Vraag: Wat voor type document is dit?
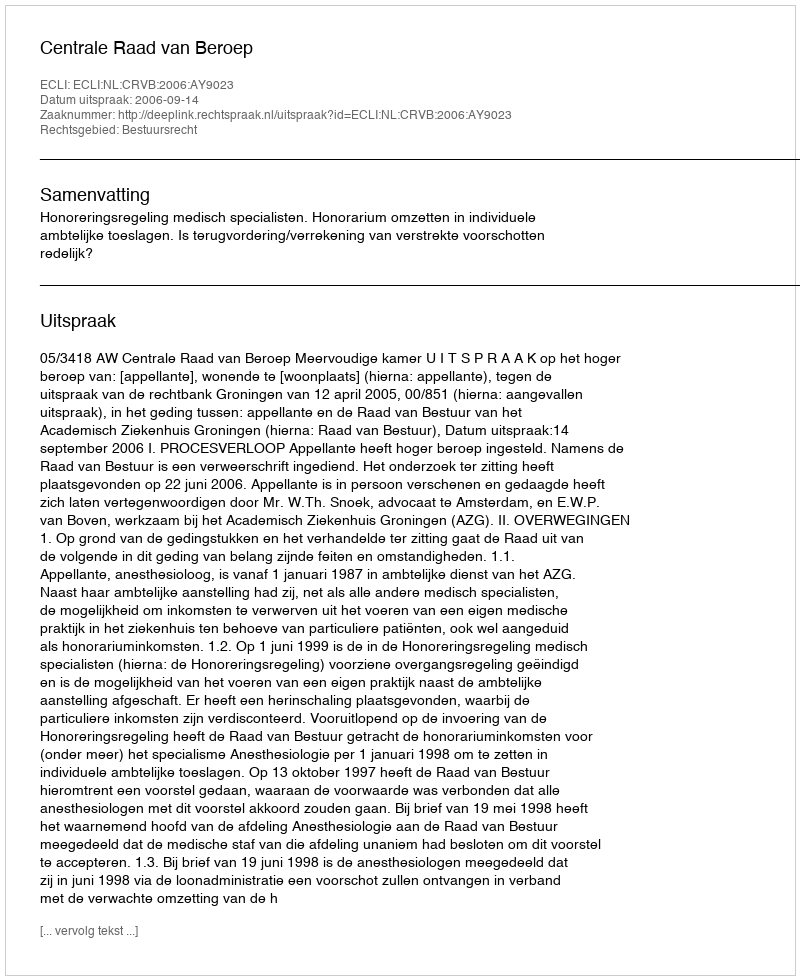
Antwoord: Uitspraak